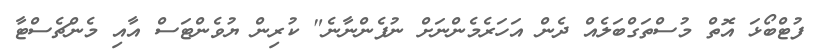
ފުޓްބޯޅަ އޮތް މުސްތަގްބަލެއް ދެން އަހަރެމެންނަށް ނުފެންނާނެ" ކުރިން ޔުވެންޓަސް އާއި މެންޗެސްޓާ